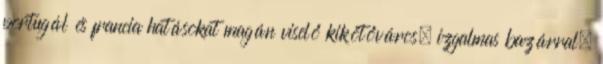
portugál és francia hatásokat magán viselő kikötőváros, izgalmas bazárral,